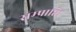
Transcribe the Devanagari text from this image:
सम्प्राप्ति।